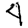
Digit: 4